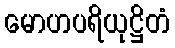
မောဟပရိယုဋ္ဌိတံ